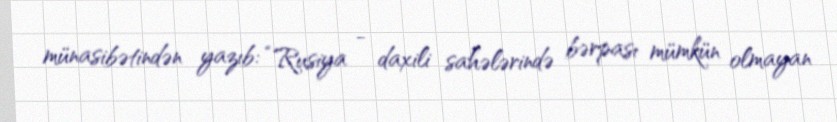
münasibətindən yazıb: “Rusiya - daxili sahələrində bərpası mümkün olmayan